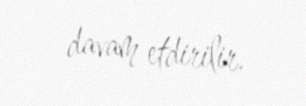
davam etdirilir.